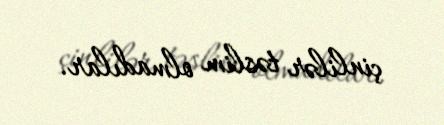
çinlilər təslim olmadılar.